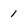
Character: 1